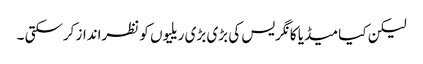
لیکن کیا میڈیا کانگریس کی بڑی بڑی ریلیوں کو نظرانداز کرسکتی ۔